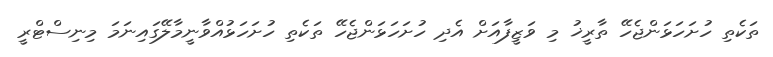
ތަކެތި ހުށަހަޅަންޖެހޭ ތާރީޚު މި ވަޒީފާއަށް އެދި ހުށަހަޅަންޖެހޭ ތަކެތި ހުށަހަޅުއްވާނީމާލޭގައިނަމަ މިނިސްޓްރީ